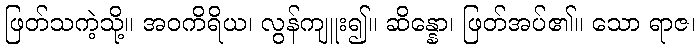
ဖြတ်သကဲ့သို့။ အဝကိရိယ၊ လွန်ကျူး၍။ ဆိန္နော၊ ဖြတ်အပ်၏။ သော ရာဇ၊